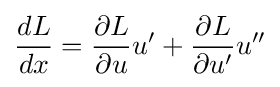
{\frac {dL}{dx}}={\frac {\partial L}{\partial u}}u'+{\frac {\partial L}{\partial u'}}u''